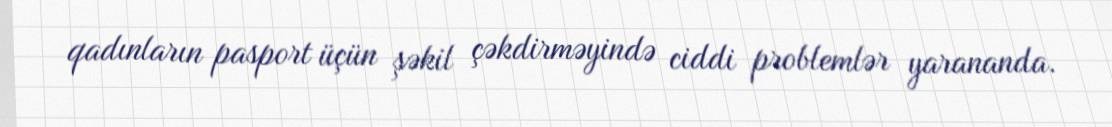
qadınların pasport üçün şəkil çəkdirməyində ciddi problemlər yarananda.